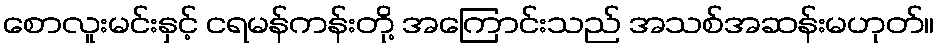
စောလူးမင်းနှင့် ငရမန်ကန်းတို့ အကြောင်းသည် အသစ်အဆန်းမဟုတ်။